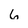
Character: 6